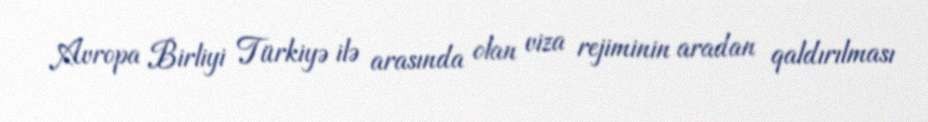
Avropa Birliyi Türkiyə ilə arasında olan viza rejiminin aradan qaldırılması